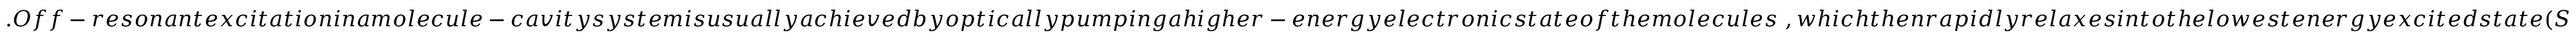
. O f f - r e s o n a n t e x c i t a t i o n i n a m o l e c u l e - c a v i t y s y s t e m i s u s u a l l y a c h i e v e d b y o p t i c a l l y p u m p i n g a h i g h e r - e n e r g y e l e c t r o n i c s t a t e o f t h e m o l e c u l e s ~ , w h i c h t h e n r a p i d l y r e l a x e s i n t o t h e l o w e s t e n e r g y e x c i t e d s t a t e ( S